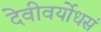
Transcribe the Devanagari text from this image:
देवीवर्योधसं